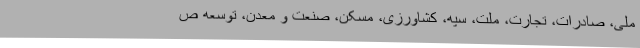
ملی، صادرات، تجارت، ملت، سپه، کشاورزی، مسکن، صنعت و معدن، توسعه ص